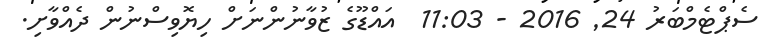
ސެޕްޓެމްބަރު 24